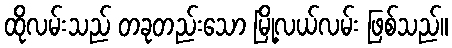
ထိုလမ်းသည် တခုတည်းသော မြို့လယ်လမ်း ဖြစ်သည်။